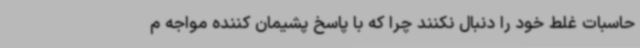
حاسبات غلط خود را دنبال نکنند چرا که با پاسخ پشیمان کننده مواجه م